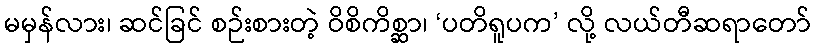
မမှန်လား၊ ဆင်ခြင် စဉ်းစားတဲ့ ဝိစိကိစ္ဆာ၊ ‘ပတိရူပက’ လို့ လယ်တီဆရာတော်